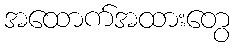
အထောက်အထားတွေ